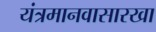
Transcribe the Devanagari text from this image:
यंत्रमानवासारखा